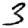
Digit: 3